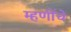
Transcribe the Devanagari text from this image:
म्हणींचे